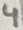
Text: 4